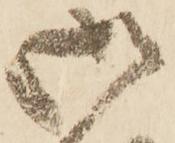
御